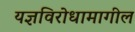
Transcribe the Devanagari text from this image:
यज्ञविरोधामागील